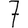
Digit: 7